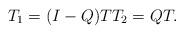
LaTeX: \begin{align*} T_1=(I-Q)T T_2=QT.\end{align*}